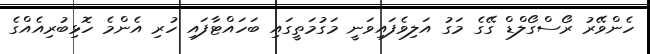
ހެންވޭރު ރޯސްގޯލްޑް ގޭގެ މަގު އަލިވެފައިވަނީ މަގުމަތީގައި ބަހައްޓާފައި ހުރި އެންމެ ހޮޅިބުރިއެއްގެ